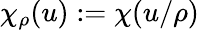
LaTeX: \chi_{\rho}(u):=\chi(u/\rho)